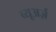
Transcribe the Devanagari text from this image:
व्यूअर्ज़